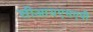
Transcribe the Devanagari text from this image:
सीआयएमएपी